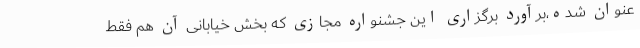
عنوان شده،برآورد برگزاری این جشنواره مجازی که بخش خیابانی آن هم فقط